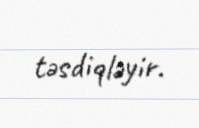
təsdiqləyir.